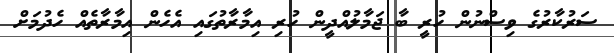
ސަރުކާރުގެ ވިސްނުން ހުރީ ބާ ޖަމާލުއްދީން ހުރި އިމާރާތުގައި އެހެން އިމާރާތެއް ހެދުމަށް